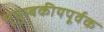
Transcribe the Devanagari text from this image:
भूचुम्बकीयपूर्वक